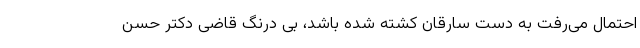
احتمال می‌رفت به دست سارقان کشته شده باشد، بی درنگ قاضی دکتر حسن